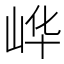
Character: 㟆